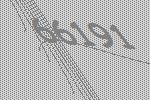
66191